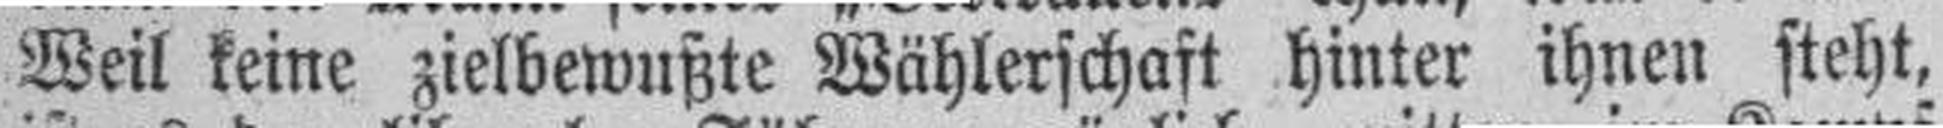
Weil keine zielbewußte Wählerschaft hinter ihnen steht,